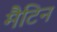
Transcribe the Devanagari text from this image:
मैटिन